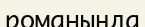
романыңда